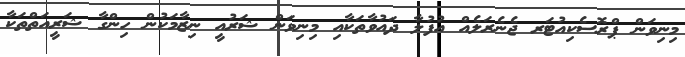
މިނިވަން ޕްރޮސެކިއުޓަރ ޖެނެރަލެއް އުފުލާ ދައުވާތަކާއި މިނިވަން ޝަރުއީ ނިޒާމަކުން ހިންގާ ޝަރީއަތްތަކާ